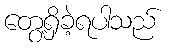
တွေ့ရှိခဲ့ရပါသည်